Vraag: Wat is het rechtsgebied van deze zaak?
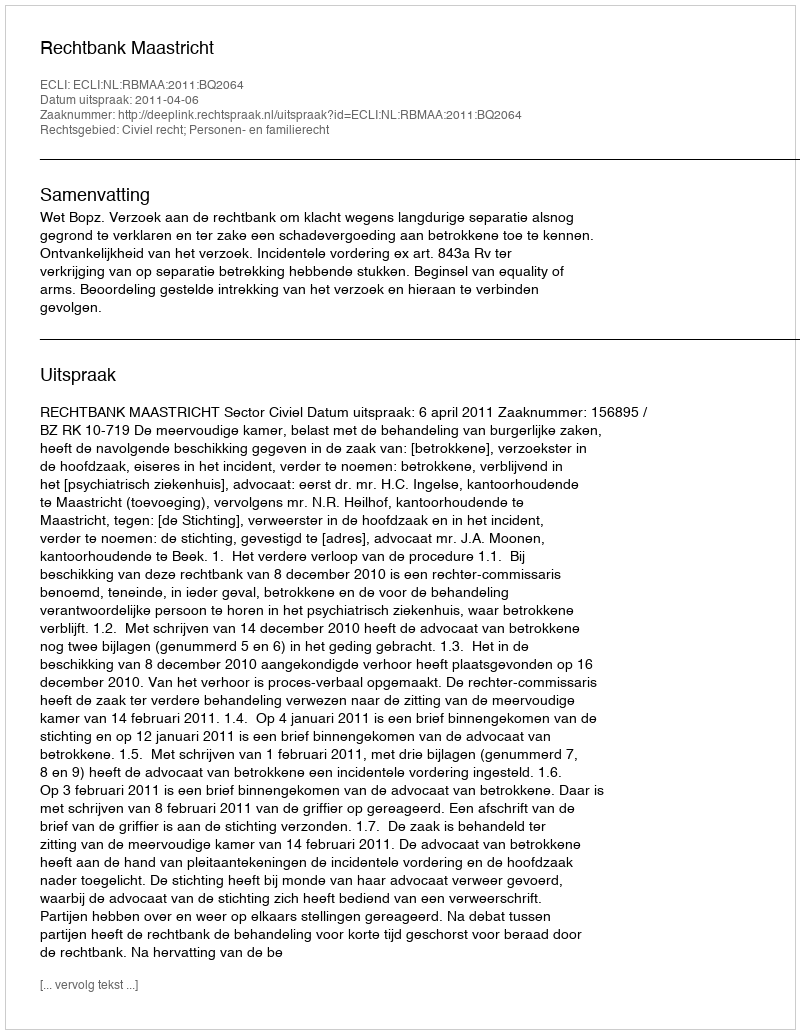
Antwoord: Civiel recht; Personen- en familierecht